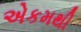
એકમથી